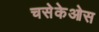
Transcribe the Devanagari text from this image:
चसेकेओस